Sketch of the medical history of the native army of Bombay, for the year
Year: 1872
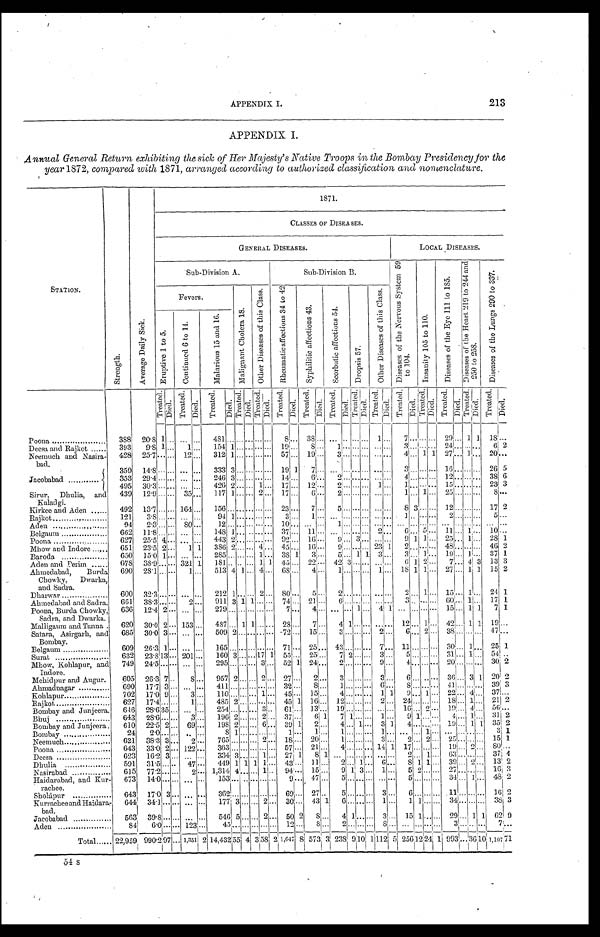
APPENDIX I.
213
APPENDIX I.
Annual General Return exhibiting the sick of Her Majesty's Native Troops in the Bombay Presidency for the
year 1872, compared with 1871, arranged according to authorized classification and nomenclature.
S T A T I O N .
S t r e n g t h .
A v e r a g e D a i l y S i c k .
1 8 7 1 .
CLASSES OF DI SEASES.
GENERAL DI SEASES.
L OCAL DI S E AS E S .
S u b - D i v i s i o n A .
S u b - D i v i s i o n B .
D i s e a s e s o f t h e N e r v o u s S y s t e m 5 9 t o 1 0 4 .
I n s a n i t y 1 0 5 t o 1 1 0 .
D i s e a s e s o f t h e E y e 1 1 1 t o 1 8 5 .
D i s e a s e s o f t h e H e a r t 2 1 9 t o 2 4 4 a n d 2 5 0 t o 2 5 8 .
D i s e a s e s o f t h e L u n g 2 9 0 t o 3 3 7 .
F e v e r s .
M a l i g n a n t C h o l e r a 1 8 .
O t h e r D i s e a s e s o f t h i s C l a s s .
R h e u m a t i c a f f e c t i o n s 3 4 t o 4 2
S y p h i l i t i c a f f e c t i o n s 4 3 .
S c o r b u t i c a f f e c t i o n s 5 4 .
D r o p s i s 5 7 .
O t h e r D i s e a s e s o f t h i s C l a s s .
E r u p t i v e 1 t o 5 .
C o n t i n u e d 6 t o 1 4 .
M a l a r i o u s 1 5 a n d 1 6 .
T r e a t e d .
D i e d .
T r e a t e d .
D i e d .
T r e a t e d .
D i e d .
T r e a t e d .
D i e d .
T r e a t e d .
D i e d .
T r e a t e d .
D i e d .
T r e a t e d .
D i e d .
T r e a t e d .
D i e d .
T r e a t e d .
D i e d .
T r e a t e d . D i e d . T r e a t e d . D i e d .
T r e a t e d .
D i e d .
T r e a t e d .
D i e d .
T r e a t e d .
D i e d .
T r e a t e d .
D i e d .
Poona
388 20.8 1
. . . . . . . . .
481
. . . . . .
. . . . . . . . .
8
. . .
3 8 . . . . . . . . .
. . . . . .
1
. . .
7
. . . . . .
. . .
29
. . .
1 1
1 8
. . .
Deesa and Rajkot
393
9.8 1
. . . . . . 1
. . .
1 5 4
1
. . . . . . . . . . . . . . . . . . . . . 1 9
. . .
8 . . .
1 . . . . . . . . . . . . . . .
3
. . . . . . . . .
24
. . . . . . . . .
6
2
Neemuch and Nas i r a- bad. 428
2 5 . 7
. . . . . . 1 2
. . .
312 1
. . . . . .
............
. . . 5 7
. . .
1 9 . . . 3
. . . . . . . . . . . . . . . 4
. . .
1 1
2 7 . . . 1 . . . 2 0
. . .
Jacobabad
3 5 9
1 4 . 8
. . . . . . . . .
. . . 3 3 3
3 . . . . . . . . . . . . 1 9
1 7
. . . . . .
. . . . . . . . . . . . . . . 3
. . . . . . . . . 1 6
. . . . . . . . . 2 6
5
353 29.4
. . . . . .
...........
. . .
246 3
. . . . . . . . . . . .
14
. . .
6
. . .
2
. . . . . . . . . . . . . . .
4
. . . . . . . . . 1 2
. . . . . . . . . 3 8
6
495 30.3
. . . . . . . . . . . .
426 2
. . . . . .
1 ... 17
. . .
12
. . . 2
. . . . . . . . . 1 . . .
1
. . . . . . . . . 1 5
. . . . . . . . .
23 3
Si r ur , Dhul i a, and Kal adgi . 439 12.9
. . . . . .
35
. . .
117 1
. . . . . .
2 ... 17 ... 6
. . . 2
. . . . . . . . . . . . . . . 1
. . . 1 . . . 2 5
. . . . . . . . . 8
...
Kirkee and Aden
492 13.7
. . . . . .
164 ... 156
. . . . . . . . . . . . . . . 2 3
. . . 7
. . . 5
. . . . . . . . . . . . . . . 8
3 . . . . . . 1 2
. . . . . . . . . 1 7
2
R a j k o t
1 2 1
3 . 8
. . . . . . . . .
. . . 9 4
1 . . . . . . . . . . . . 3
. . . 1
. . . . . .
. . . . . . . . . . . . . . . . . . 1
. . . . . . . . . 2
. . . . . . . . . 5
...
Aden
9 4
2 . 3
. . . . . . 8 0
. . . 1 2
. . . . . . . . . . . . . . . 1 0
. . . . . .
. . . 1
. . . . . . . . . . . . . . . . . .
. . . . . . . . . . . .
. . . . . . . . . . . .
...
Belgaum
662 11.8
. . .
...... ...
. . .
148 1
. . . . . . . . . . . . 3 7
. . .
11
. . . . . . . . . . . . . . . 2 . . . 6
. . . 5 . . .
11 ...
1 . . . 1 0
. . .
Poona
627 25.5
4 . . . . . . . . .
443 2
. . . . . . . . . . . . 9 2
. . .
16
. . .
9 ...
3 . . .
. . . . . .
9 1
1 . . .
25
. . . 1 . . .
2 8
1
Mhow and Indore
651 23.5
2 . . .
1 1 386 2
. . . . . . 4 . . . 4 5
. . . 1 6
. . . 9
. . . . . . . . .
23 1 2
. . . . . . . . . 4 8
. . . . . . . . .
46 2
Baroda
650 15.0
1 . . . . . . . . .
285
. . . . . . . . . 1 . . .
38 1
3
. . . 5
. . .
1 1 3
. . .
3
. . . 1 . . .
19
. . . 1 . . .
37 1
Aden and Perim
678 38.9
. . . . . .
321 1 181
. . .
.. ... 1 1 45
. . .
2 2 . . .
42 3
. . . . . . . . . . . .
6 1 2 ...
7
. . .
4 3 13
3
Ahmedabad,Burda,
Chowky, Dwarka,
and Sadra.
690
2 8 . 1
. . . . . .
1
. . .
513 4 1
. . .
4
. . .
68
. . .
4
. . . 1
. . .
. . . . . .
1 ... 18 1
1
. . .
27
. . .
1 1 15 2
Dharwar
600 32.3
. . .
...
... ... 212
1 . . . . . . 2 . . .
8 0
... 5 ...
2
. . . . . . . . . . . . . . .
2
. . . 1 . . .
15
. . .
1
. . .
24 1
Ahmedabad and Sadra. 661
3 8 . 3
. . . . . .
2 ... 911 3 1 1
. . . . . .
74
. . .
21
. . .
6
. . . . . . . . . . . . . . . 3
. . . . . . . . . 6 0
. . . 1 . . .
17 1
Poona, Burda Chowky
, Sadra, and Dwarka.
636 12..4 2
. . . . . . . . .
279
. . . . . . . . . . . . . . . 7
. . .
4
. . . . . . . . .
1 ... 4 1
. . . . . . . . . . . .
15
. . .
1 1 7 1
Malligaum and Tanna. 620 30.0 2 ... 153 ... 487 ... 1 1
. . .
...... 28 ...
7
... 4 1
. . . . . . . . . . . . 1 2
. . .
1 ...
4 2
. . .
1 1 19 ...
Satara, Asirgarh, and
Bombay.
685 30.0 3 ... ...
. . .
509 2
. . . . . . . . . . . .
72 ... 15 ..
3
. . . . . . . . . 2 . . . 6
. . .
2
. . .
38
. . . . . . . . . 4 7
. . .
Belgaum
609 26.3 1
. . . . . . . . .
165
. . . . . . . . . . . . . . .
71
. . .
25
. . .
43
. . . . . . . . . 7 . . .
11
. . . . . . . . .
30
. . . 1 . . .
25 1
Surat
6 3 2
2 3 . 8
1 3 . . .
201 ... 160
3 . . .
...... 17 1 55 ... 25! ... 7 2 ...
. . .
3
. . .
5
. . .
...... .. 31 ... 1
. . .
54
. . .
Mhow, Kohlapur, and
Indore.
749
2 4 . 5
. . . . . . . . .
. . .
295 ...
. . .
...... 3 ... 52 1
2 4
. . .
2
. . . . . . . . .
9
. . . 4
. . . . . . . . .
20
. . . . . . . . .
30 2
Mehidpur and Augur.
605 26.3
7 . . . 8
.... 957
2 . . . . . .
2 .. 27 ... 2 ... 3
. . . . . . . . . 3 . . .
6 . . . . . . . . .
36 ... 3 1 20 2
Ahmadnagar
690 17.7
3 . . .
. . . . . .
411
. . . . . . . . . . . . . . .
32
. . .
8 ... 1
. . . . . . . . . 6 . . . 8
. . . . . . . . .
41
. . . . . . . . .
39
3
Kohlapur
702 17.0
9 . . . 3
. . .
110
. . . . . . . . . 1 . . .
45
. . . 1 5
. . .
4
. . . . . . . . . 1 1 9
. . . 1 . . . 2 2
. . . 4 . . . 3 7
. . .
Rajkot
627
1 7 . 4
. . . . . . 1
. . .
485
2 . . . . . . . . . . . .
45
1 1 6
. . .
1 2 . . . . . . . . . 2 . . .
24
. . . . . . . . .
18
. . . 1 . . .
21 2
Bombay and Junjeera. 646
2 8 . 6
3 5 . . . . . .
. . .
2 5 4 . . . . . . . . . 3 . . . 6 1
. . . 1 3
. . . 1 9
. . . . . . . . . . . . . . .
16
. . . 2 . . .
1 9 . . . 4 . . . 5 6
...
Bhuj
643
2 8 . 6
. . . . . . 3
. . .
196
2 . . . . . . 2 . . . 3 7
. . . 6
1 7
1 . . . . . . 1 . . . 9
1 . . . . . . 4
. . . 1 . . .
31 2
Bombay and Junjeera. 610 22.5
2 . . .
69 ... 198
2 . . . . . . 6 . . .
39
1 2
. . . 4
. . . 1 . . . 3 1 4
. . . . . . . . .
19 ...
1
1
3 5
2
Bombay
24 2.0
. . . . . .
. . . . . . 8
1 . . . . . . . . . . . . 1
. . . 1
. . . 1
. . . . . . . . . 1 . . .
. . . . . . 1 . . .
. . . . . . . . . . . .
3 1
Neemuch
621 38.3
3 . . . 2
. . . 7 6 5
. . . . . . . . . 2 . . . 1 8
. . . 2 0
. . . 1
. . . . . . . . . 3 . . . 2
. . . 2 . . .
25
. . . . . . . . .
15 1
Poona
643 33.0
2 . . . 1 2 2
. . .
363
. . . . . . . . . . . . . . . 5 7
. . .
2 1 . . . 4
. . . . . . . . .
1 4 1 1 7
. . . . . . . . .
19
. . . 2 . . .
80
. . .
Deesa
623 16.2
3 . . .
. . . . . .
334
3 . . . . . . 1 . . . 2 7
1 8
1 . . .
. . . . . . . . . . . . . . . 2
. . . 1 . . . 6 3
. . . . . . . . .
37 4
Dhulia
591 31.5
. . .
.....
4 7
. . .
449
1
1 1
1 . . . 4 3
. . .
11
. . . 2
. . . 1 . . . 6 . . . 8
1 1 . . . 3 9
. . . 2 . . .
13 2
Nasirabad
615 77.2
. . . . . . 2
. . .
1,314
4 . . . . . . 1 . . . 9 4
. . . 1 5
. . . 9
1 3 . . . 1 . . . 5
2 . . . . . .
27
. . . . . . . . .
16
3
Haidarabad, and Kur-
rachee.
673 14.0
. . . . . .
. . . . . . 1 5 3
. . . . . . . . . . . . . . . 9
. . . 4 7
. . . 5
. . . . . . . . . . . . . . . . . .
5 ..,
. . . . . . . . .
34
. . .
1 ...
...J...
48 2
Solápur 643 17.0
3 . . .
...
. . . 3 6 2
. . . . . . . . . . . . . . . 6 9
. . .
27
. . . 5
. . . . . . . . . 3 . . . 6
. . . . . . . . .
1 1 . . . . . . . . .
16 2
Kurrachee and Haidara
-bad.
644 34.1
. . . . . . . . .
. . .
177
3 . . . . . . 2 . . . 3 0
. . .
43
1 6
. . . . . . . . . 1 . . . 1
1
. . . . . . 3 4
. . . . . . . . .
38 3
Jacobabad
563 39.8
. . . . . .
. . . . . . 5 4 6
5 . . . . . . 2 . . . 5 0
2 8
. . . 4
1 . . . . . . 3 . . . 1 5
1 . . . . . .
29
. . . 1
1
6 2
9
Aden
8 4
6 . 0
. . . . . . 1 2 3
. . . 4 5
. . . . . . . . . . . . . . . 1 2
. . . 8 . . . 2
. . . . . . . . . 8 . . . . . .
. . . . . . . . . 3
. . . . . . . . . 7
. . .
Total
22,959
9 9 0 . 2
9 7 . . .
1 , 3 5 1
2
1 4 , 4 3 2
5 5 4
3 5 8 2
1 , 6 4 7
8 5 7 3
3
2 3 8
9
1 0
1
1 1 2 5 2 5 6
1 2 2 4
1 9 9 3
. . . 3 6
1 0 1 , 1 0 7
7 1
54 S